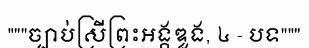
"""ច្បាប់ស្រីព្រះអង្គឌួង, ៤ - បទ"""